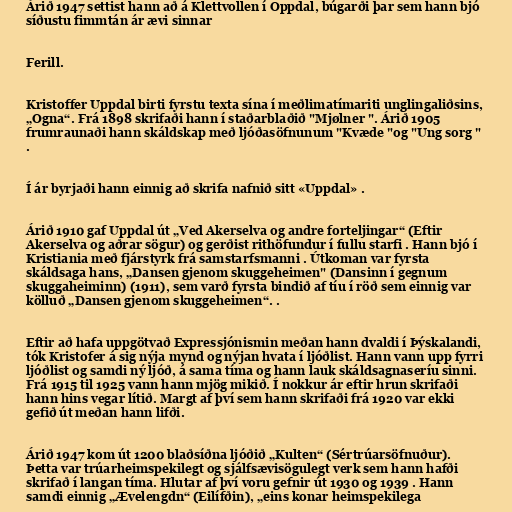
Árið 1947 settist hann að á Klettvollen í Oppdal, búgarði þar sem hann bjó
síðustu fimmtán ár ævi sinnar

Ferill.

Kristoffer Uppdal birti fyrstu texta sína í meðlimatímariti unglingaliðsins,
„Ogna“. Frá 1898 skrifaði hann í staðarblaðið "Mjølner ". Árið 1905
frumraunaði hann skáldskap með ljóðasöfnunum "Kvæde "og "Ung sorg "
.

Í ár byrjaði hann einnig að skrifa nafnið sitt «Uppdal» .

Árið 1910 gaf Uppdal út „Ved Akerselva og andre forteljingar“ (Eftir
Akerselva og aðrar sögur) og gerðist rithöfundur í fullu starfi . Hann bjó í
Kristiania með fjárstyrk frá samstarfsmanni . Útkoman var fyrsta
skáldsaga hans, „Dansen gjenom skuggeheimen" (Dansinn í gegnum
skuggaheiminn) (1911), sem varð fyrsta bindið af tíu í röð sem einnig var
kölluð „Dansen gjenom skuggeheimen“. .

Eftir að hafa uppgötvað Expressjónismin meðan hann dvaldi í Þýskalandi,
tók Kristofer á sig nýja mynd og nýjan hvata í ljóðlist. Hann vann upp fyrri
ljóðlist og samdi ný ljóð, á sama tíma og hann lauk skáldsagnaseríu sinni.
Frá 1915 til 1925 vann hann mjög mikið. Í nokkur ár eftir hrun skrifaði
hann hins vegar lítið. Margt af því sem hann skrifaði frá 1920 var ekki
gefið út meðan hann lifði.

Árið 1947 kom út 1200 blaðsíðna ljóðið „Kulten“ (Sértrúarsöfnuður).
Þetta var trúarheimspekilegt og sjálfsævisögulegt verk sem hann hafði
skrifað í langan tíma. Hlutar af því voru gefnir út 1930 og 1939 . Hann
samdi einnig „Ævelengdn“ (Eilífðin), „eins konar heimspekilega